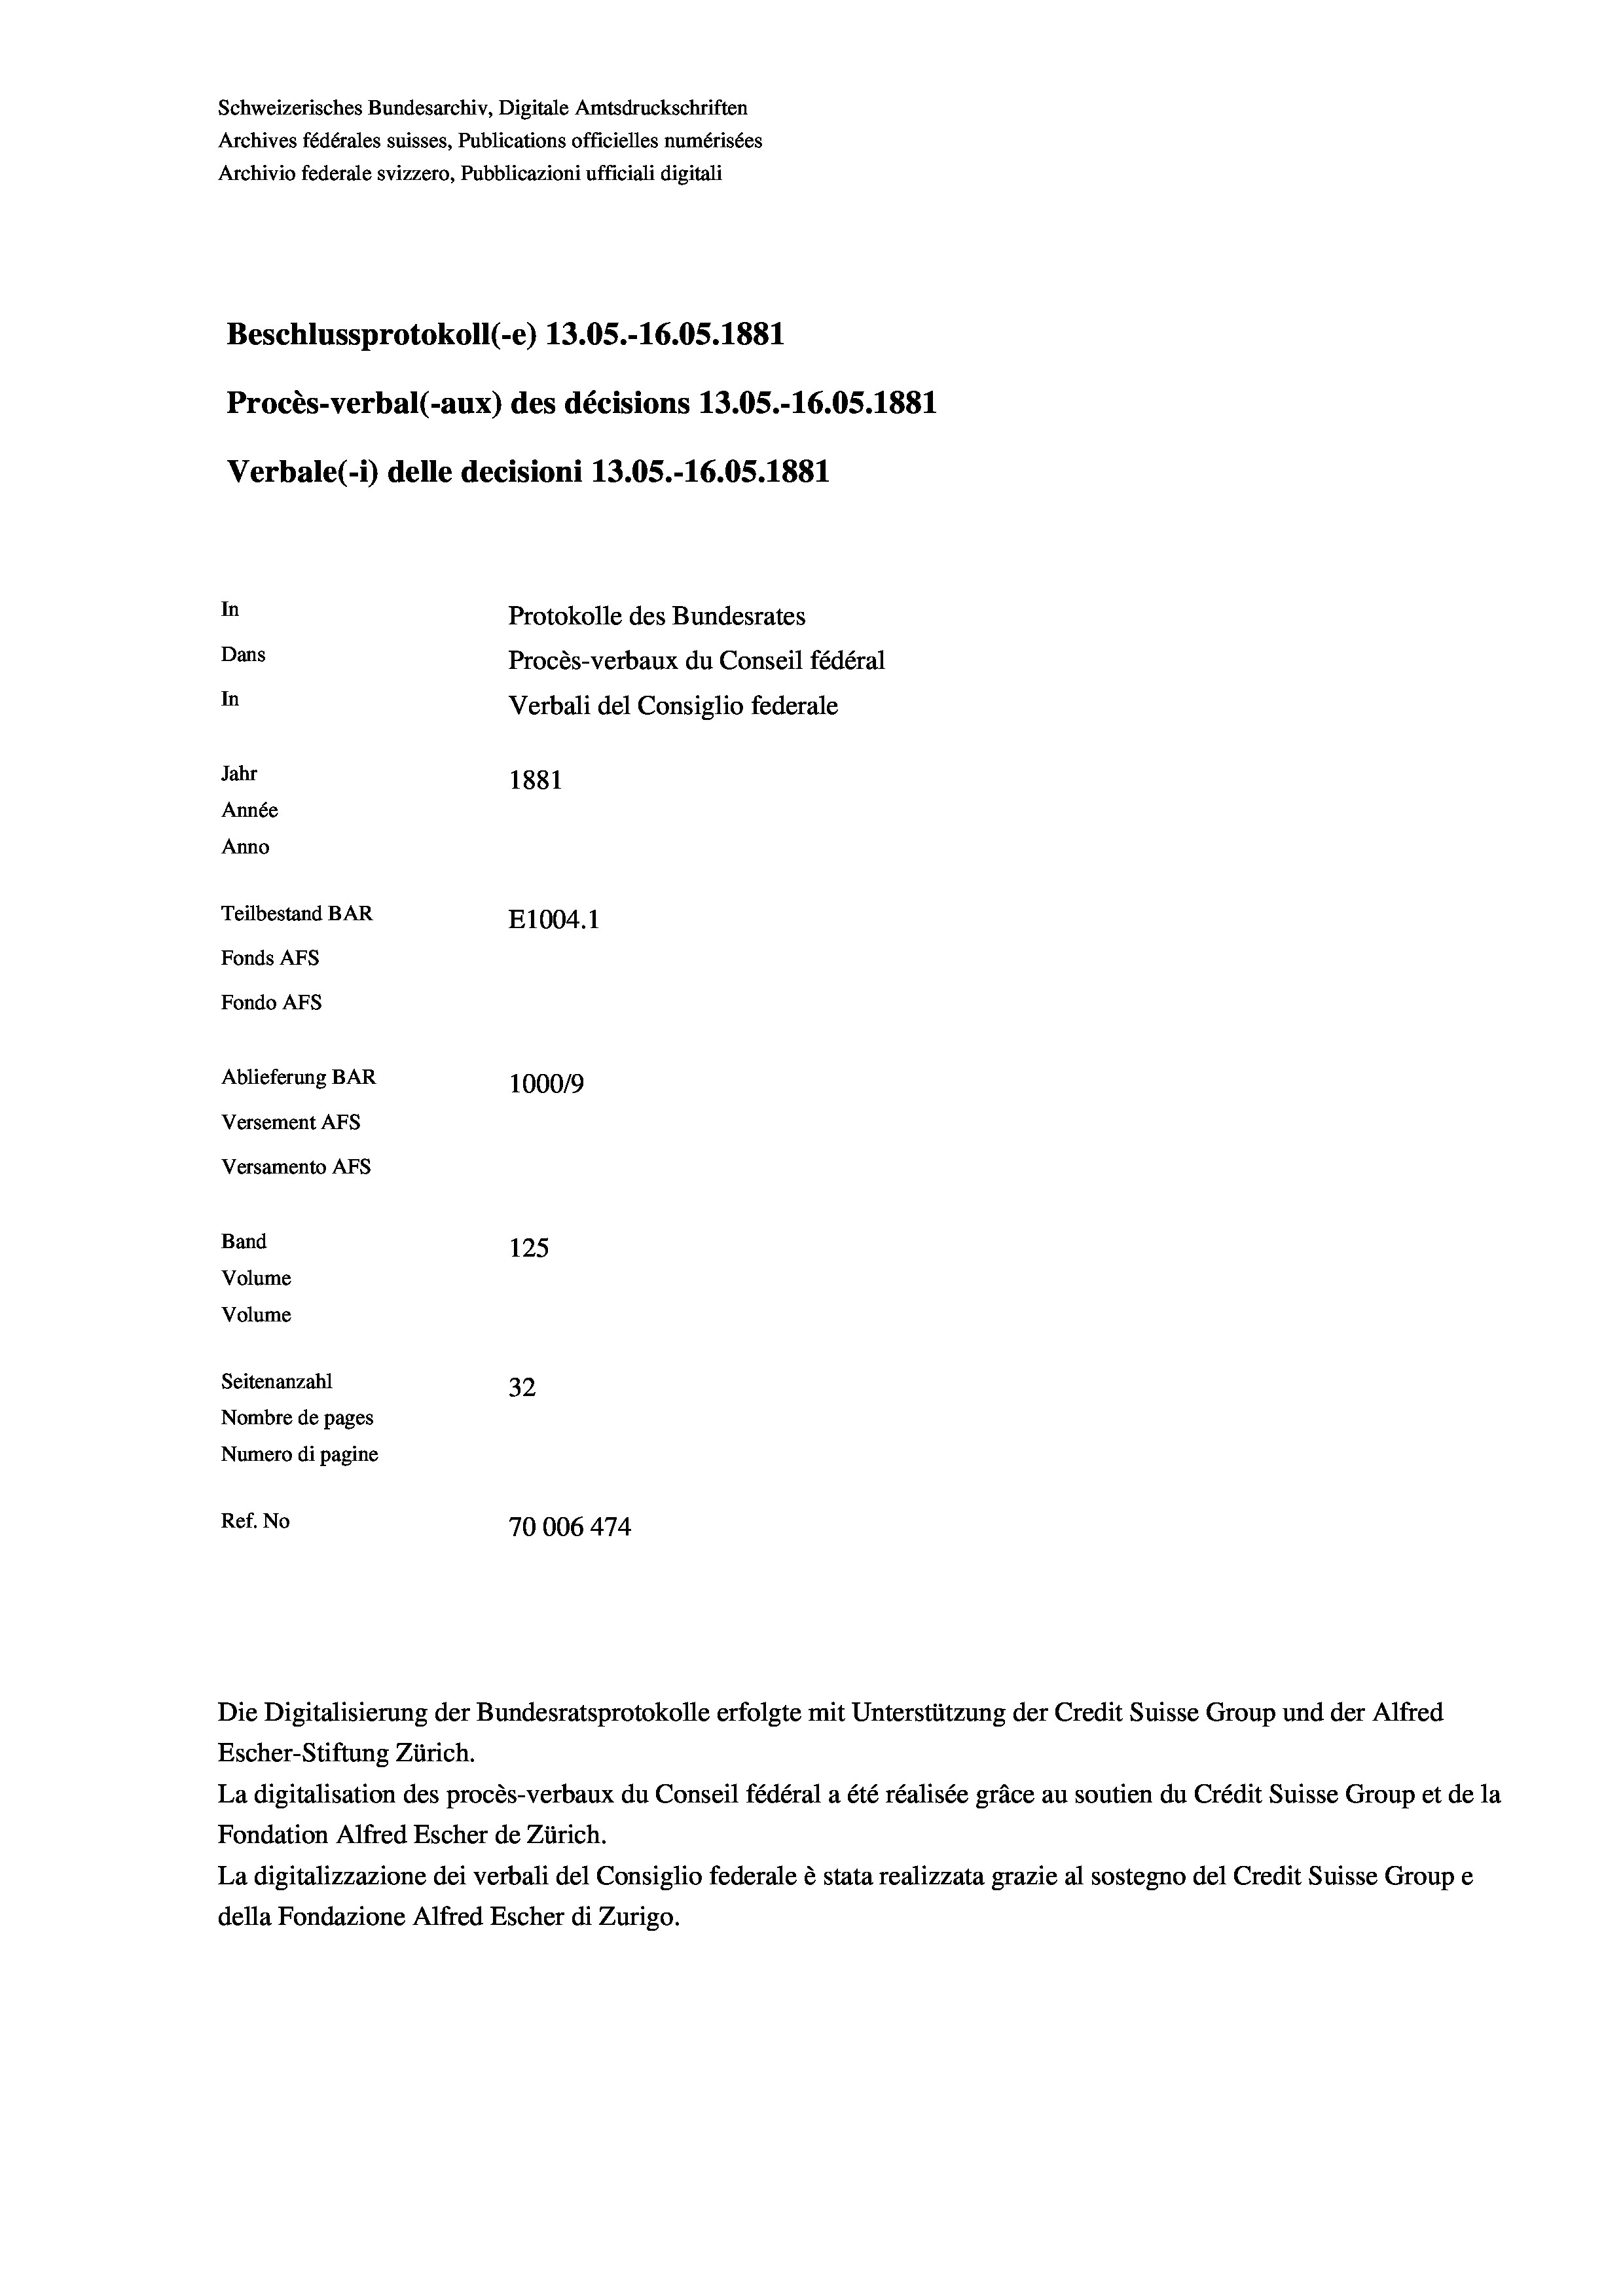
Schweizerisches Bundesarchiv, Digitale Amtsdruckschriften
Archives fédérales suisses, Publications officielles numérisées
Archivio federale svizzero, Pubblicazioni ufficiali digitali
Beschlussprotokoll (-e) 13.05.-16.05. 1881
Procès-verbal (-aux) des décisions 13.05.-16.05. 1881
Verbale(-*) delle decisioni 13.05.-16.05. 1881
In
Protokolle des Bundesrates
Dans
Procès-verbaux du Conseil fédéral
In
Verbali del Consiglio federale
Jahr
1881
Année
Anno
Teilbestand BAR
E1004. 1
Fonds AFs
Fondo AFS
Ablieferung BAR
100019
Versement AFs
Versamento AFs
Band
125
Volume
Volume
Seitenanzahl
32
Nombre de pages
Numero di pagine
Ref. No
70006 474

Escher-Stiftung Zürich.
La digitalisation des procès-verbaux du Conseil fédéral a été réalisée gräce au soutien du Crédit Suisse Group et de la
Fondation Alfred Escher de Zürich.
La digitalizzazione dei verbali del Consiglio federale è stata realizzata grazie al sostegno del Credit Suisse Groupe
della Fondazione Alfred Escher di Zurigo.

Die Digitalisierung der Bundesratsprotokolle erfolgte mit Unterstützung der Credit Suisse Group und der Alfred